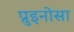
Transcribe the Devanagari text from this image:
प्रुइनोसा